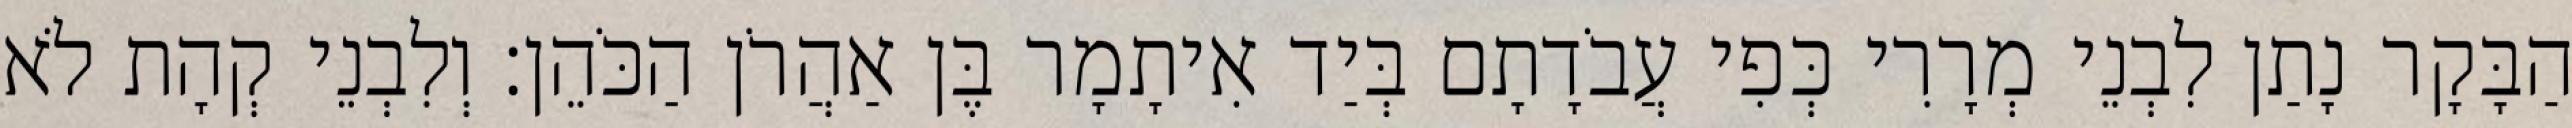
הַבָּקָר נָתַן לִבְנֵי מְרָרִי כְּפִי עֲבֹדָתָם בְּיַד אִיתָמָר בֶּן אַהֲרֹן הַכֹּהֵן׃ וְלִבְנֵי קְהָת לֹא